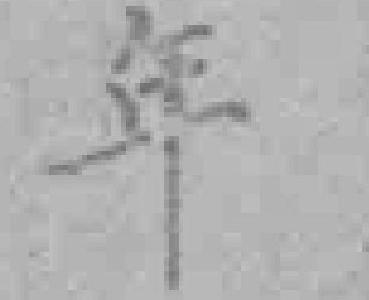
年